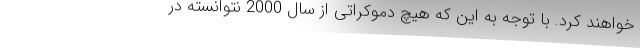
خواهند کرد. با توجه به این که هیچ دموکراتی از سال 2000 نتوانسته در